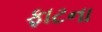
ફાટના